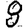
Digit: 8